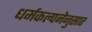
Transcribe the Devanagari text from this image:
धर्मकल्पनेनुसार